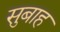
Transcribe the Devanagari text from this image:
सुबाह